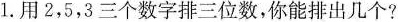
1.用2，5，3三个数字排三位数，你能排出几个?